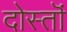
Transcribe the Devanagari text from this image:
दोस्तॊं